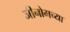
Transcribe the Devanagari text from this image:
जीनोमच्या